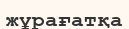
жұрағатқа